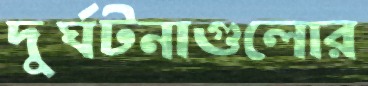
দুর্ঘটনাগুলোর